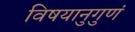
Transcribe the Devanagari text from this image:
विषयानुगुणं